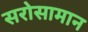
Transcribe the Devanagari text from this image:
सरोसामान